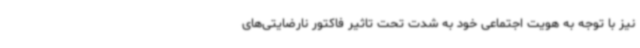
نیز با توجه به هویت اجتماعی خود به شدت تحت تاثیر فاکتور نارضایتی‌های